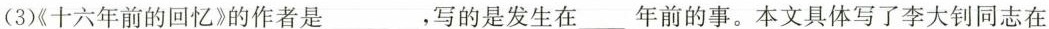
(3)《十六年前的回忆》的作者是___，写的是发生在___年前的事。本文具体写了李大同志在